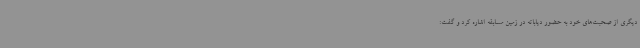
دیگری از صحبت‌های خود به حضور دیاباته در زمین مسابقه اشاره کرد و گفت: